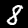
Label: 8